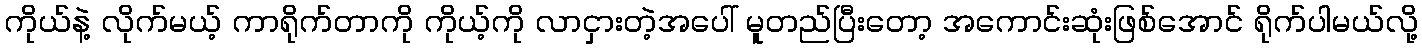
ကိုယ်နဲ့ လိုက်မယ့် ကာရိုက်တာကို ကိုယ့်ကို လာငှားတဲ့အပေါ် မူတည်ပြီးတော့ အကောင်းဆုံးဖြစ်အောင် ရိုက်ပါမယ်လို့